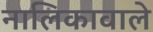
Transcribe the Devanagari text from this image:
नालिकावाले